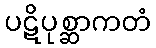
ပဋိပုစ္ဆာကတံ